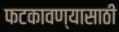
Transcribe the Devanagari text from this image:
फटकावण्यासाठी